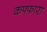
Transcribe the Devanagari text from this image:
कफ्फारा